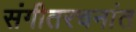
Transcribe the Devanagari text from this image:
संगीतरचनांत